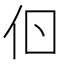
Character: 𠇂